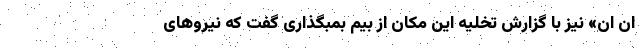
ان ان» نیز با گزارش تخلیه این مکان از بیم بمبگذاری گفت که نیروهای